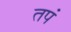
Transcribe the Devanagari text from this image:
तपं